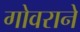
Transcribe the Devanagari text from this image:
गोवराने